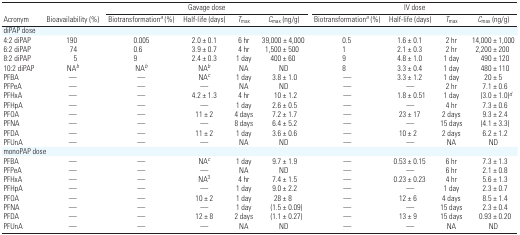
<table><thead><tr><td></td><td></td><td colspan="4"><b>Gavage dose</b></td><td colspan="4"><b>IV dose</b></td></tr><tr><td><b>Acronym</b></td><td><b>Bioavailability (%)</b></td><td><b>Biotransformationa (%)</b></td><td><b>Half-life (days)</b></td><td><b><i>T</i><sub>max</sub></b></td><td><b><i>C</i><sub>max</sub> (ng/g)</b></td><td><b>Biotransformationa (%)</b></td><td><b>Half-life (days)</b></td><td><b><i>T</i><sub>max</sub></b></td><td><b><i>C</i><sub>max</sub> (ng/g)</b></td></tr></thead><tbody><tr><td colspan="10">diPAP dose</td></tr><tr><td>4:2 diPAP</td><td>190</td><td>0.005</td><td>2.0 ± 0.1</td><td>6 hr</td><td>39,000 ± 4,000</td><td>0.5</td><td>1.6 ± 0.1</td><td>2 hr</td><td>14,000 ± 1,000</td></tr><tr><td>6:2 diPAP</td><td>74</td><td>0.6</td><td>3.9 ± 0.7</td><td>4 hr</td><td>1,500 ± 500</td><td>1</td><td>2.1 ± 0.3</td><td>2 hr</td><td>2,200 ± 200</td></tr><tr><td>8:2 diPAP</td><td>5</td><td>9</td><td>2.4 ± 0.3</td><td>1 day</td><td>400 ± 60</td><td>9</td><td>4.8 ± 1.0</td><td>1 day</td><td>490 ± 120</td></tr><tr><td>10:2 diPAP</td><td>NAb</td><td>NAb</td><td>NAb</td><td>NA</td><td>ND</td><td>8</td><td>3.3 ± 0.4</td><td>1 day</td><td>480 ± 110</td></tr><tr><td>PFBA</td><td>—</td><td>—</td><td>NAc</td><td>1 day</td><td>3.8 ± 1.0</td><td>—</td><td>3.3 ± 1.2</td><td>1 day</td><td>20 ± 5</td></tr><tr><td>PFPeA</td><td>—</td><td>—</td><td>—</td><td>NA</td><td>ND</td><td>—</td><td>—</td><td>2 hr</td><td>7.1 ± 0.6</td></tr><tr><td>PFHxA</td><td>—</td><td>—</td><td>4.2 ± 1.3</td><td>4 hr</td><td>10 ± 1.2</td><td>—</td><td>1.8 ± 0.51</td><td>1 day</td><td>(3.0 ± 1.0)d</td></tr><tr><td>PFHpA</td><td>—</td><td>—</td><td>—</td><td>1 day</td><td>2.6 ± 0.5</td><td>—</td><td>—</td><td>4 hr</td><td>7.3 ± 0.6</td></tr><tr><td>PFOA</td><td>—</td><td>—</td><td>11 ± 2</td><td>4 days</td><td>7.2 ± 1.7</td><td>—</td><td>23 ± 17</td><td>2 days</td><td>9.3 ± 2.4</td></tr><tr><td>PFNA</td><td>—</td><td>—</td><td>—</td><td>8 days</td><td>6.4 ± 5.2</td><td>—</td><td>—</td><td>15 days</td><td>(4.1 ± 3.3)</td></tr><tr><td>PFDA</td><td>—</td><td>—</td><td>11 ± 2</td><td>1 day</td><td>3.6 ± 0.6</td><td>—</td><td>10 ± 2</td><td>2 days</td><td>6.2 ± 1.2</td></tr><tr><td>PFUnA</td><td>—</td><td>—</td><td>—</td><td>NA</td><td>ND</td><td>—</td><td>—</td><td>NA</td><td>ND</td></tr><tr><td colspan="10">monoPAP dose</td></tr><tr><td>PFBA</td><td>—</td><td>—</td><td>NAc</td><td>1 day</td><td>9.7 ± 1.9</td><td>—</td><td>0.53 ± 0.15</td><td>6 hr</td><td>7.3 ± 1.3</td></tr><tr><td>PFPeA</td><td>—</td><td>—</td><td>—</td><td>NA</td><td>ND</td><td>—</td><td>—</td><td>6 hr</td><td>2.1 ± 0.8</td></tr><tr><td>PFHxA</td><td>—</td><td>—</td><td>NA<sup>3</sup></td><td>4 hr</td><td>7.4 ± 1.5</td><td>—</td><td>0.23 ± 0.23</td><td>4 hr</td><td>5.6 ± 1.3</td></tr><tr><td>PFHpA</td><td>—</td><td>—</td><td>—</td><td>1 day</td><td>9.0 ± 2.2</td><td>—</td><td>—</td><td>1 day</td><td>2.3 ± 0.7</td></tr><tr><td>PFOA</td><td>—</td><td>—</td><td>10 ± 2</td><td>1 day</td><td>28 ± 8</td><td>—</td><td>12 ± 6</td><td>4 days</td><td>8.5 ± 1.4</td></tr><tr><td>PFNA</td><td>—</td><td>—</td><td>—</td><td>1 day</td><td>(1.5 ± 0.09)</td><td>—</td><td>—</td><td>15 days</td><td>2.3 ± 0.4</td></tr><tr><td>PFDA</td><td>—</td><td>—</td><td>12 ± 8</td><td>2 days</td><td>(1.1 ± 0.27)</td><td>—</td><td>13 ± 9</td><td>15 days</td><td>0.93 ± 0.20</td></tr><tr><td>PFUnA</td><td>—</td><td>—</td><td>—</td><td>NA</td><td>ND</td><td>—</td><td>—</td><td>NA</td><td>ND</td></tr></tbody></table>